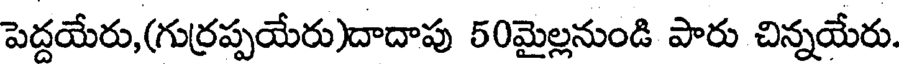
పెద్దయేరు,(గుర్రప్పయేరు)దాదాపు 50మైల్లనుండి పారు చిన్నయేరు.